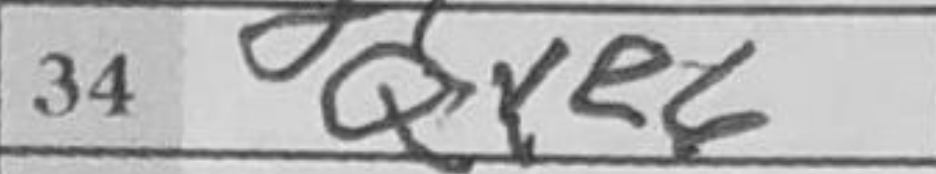
Transcription: Qxe6